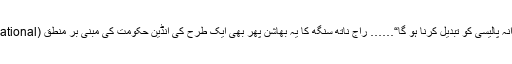
پاکستان کو اس فریب کارانہ پالیسی کو تبدیل کرنا ہو گا“…… راج ناتھ سنگھ کا یہ بھاشن پھر بھی ایک طرح کی انڈین حکومت کی مبنی بر منطق (Rational) صدائے بازگشت ہے۔